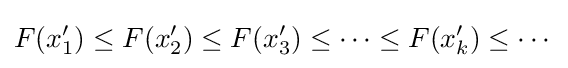
F(x'_{1})\leq F(x'_{2})\leq F(x'_{3})\leq \cdots \leq F(x'_{k})\leq \cdots